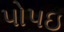
પોપઇ